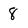
Character: 8